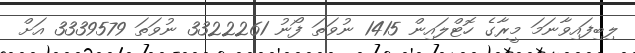
ލިބިފައިވާނަމަ މީރާގެ ހޮޓްލައިން 1415 ނުވަތަ ފޯނު 3322261 ނުވަތަ 3339579 އަށް